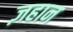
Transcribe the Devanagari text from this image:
ज़हान